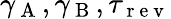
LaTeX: \gamma_{\mathrm{~A~}},\gamma_{\mathrm{~B~}},\tau_{\mathrm{~r~e~v~}}